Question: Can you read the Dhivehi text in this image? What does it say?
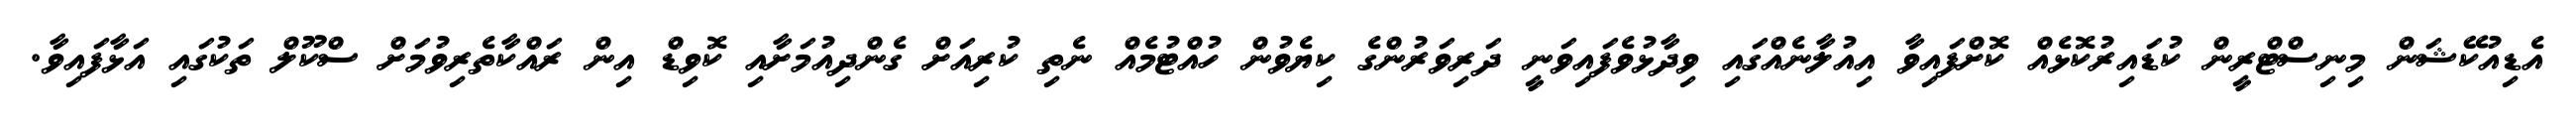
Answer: އެޑިއުކޭޝަން މިނިސްޓްރީން ކުޑައިރުކޮޅެއް ކޮށްފައިވާ އިއުލާނެއްގައި ވިދާޅުވެފައިވަނީ ދަރިވަރުންގެ ކިޔެވުން ހުއްޓުމެއް ނެތި ކުރިއަށް ގެންދިއުމަށާއި ކޮވިޑް އިން ރައްކާތެރިވުމަށް ސްކޫލް ތަކުގައި އަޅާފައިވާ.